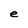
Character: e